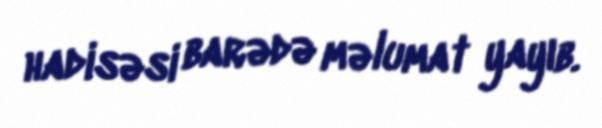
hadisəsi barədə məlumat yayıb.